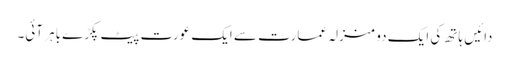
دائیں ہاتھ کی ایک دو منزلہ عمارت سے ایک عورت پیٹ پکڑے باہر آئی۔